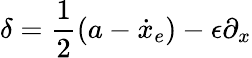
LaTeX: \delta=\frac{1}{2}(a-\dot{x}_{e})-\epsilon\partial_{x}